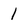
Character: 1